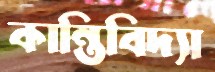
কান্তিবিদ্যা